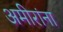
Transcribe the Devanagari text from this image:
अमीरांना